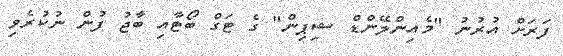
ފަރަށް އުރުނު "މެއިންލޭންޑް ޝިޕިން" ގެ ޓަގް ބޯޓާއި ބާޖު ފުން ނުކުރެވި